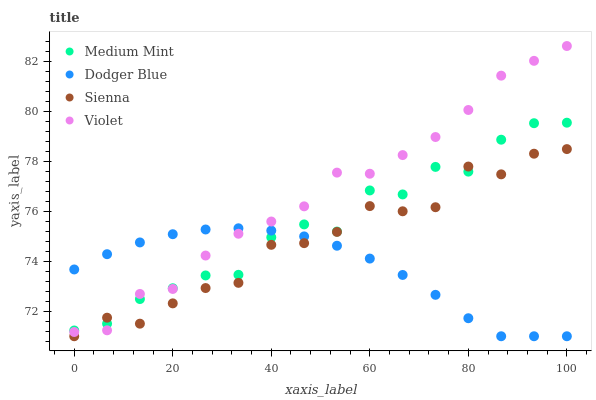
| xaxis_label | Medium Mint | Dodger Blue | Sienna | Violet |
 | --- | --- | --- | --- | --- |
 | 0 | 71.2 | 73.7 | 71 | 71.2 |
 | 6.67 | 71.5 | 74.3 | 71.7 | 71.2 |
 | 13.3 | 72.5 | 74.8 | 71.5 | 72.7 |
 | 20 | 72.9 | 75.1 | 72.3 | 72.9 |
 | 26.7 | 73.4 | 75.3 | 72.9 | 74.2 |
 | 33.3 | 73.5 | 75.3 | 73.1 | 75.1 |
 | 40 | 75 | 75.2 | 74.7 | 75.6 |
 | 46.7 | 75.5 | 75 | 74.7 | 76.2 |
 | 53.3 | 75.2 | 74.6 | 75.2 | 77.5 |
 | 60 | 76.8 | 74.1 | 76.2 | 77.5 |
 | 66.7 | 76.7 | 73.5 | 76 | 78.2 |
 | 73.3 | 77.8 | 72.7 | 76.2 | 79 |
 | 80 | 77.6 | 71.7 | 77.8 | 80 |
 | 86.7 | 78.9 | 71 | 77.5 | 81.4 |
 | 93.3 | 79.5 | 71 | 78.3 | 82 |
 | 100 | 79.5 | 71 | 78.5 | 82.6 |